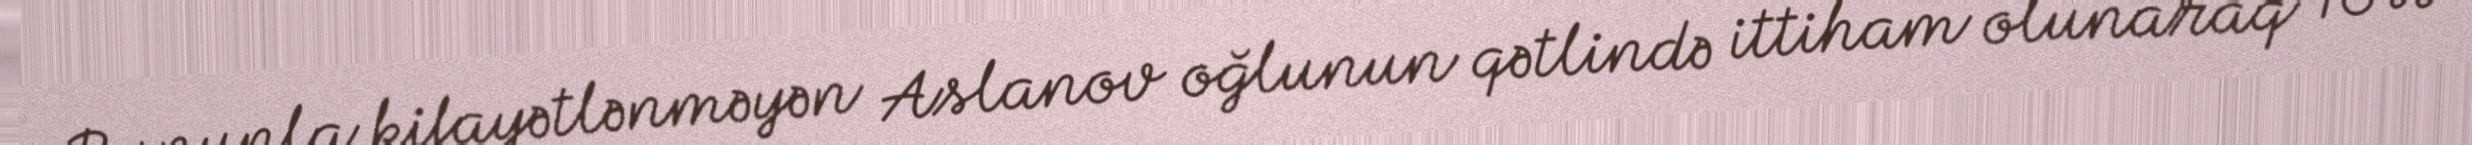
Bununla kifayətlənməyən Aslanov oğlunun qətlində ittiham olunaraq 10 il